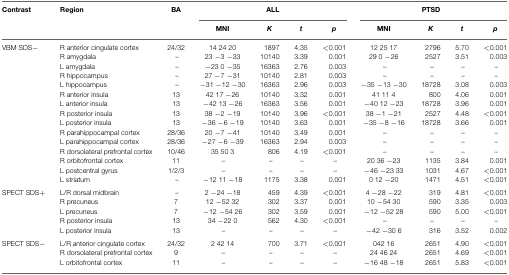
<table><thead><tr><td><b>Contrast</b></td><td><b>Region</b></td><td><b>BA</b></td><td colspan="4"><b>ALL</b></td><td colspan="4"><b>PTSD</b></td></tr><tr><td></td><td></td><td></td><td><b>MNI</b></td><td><b><i>K</i></b></td><td><b><i>t</i></b></td><td><b><i>p</i></b></td><td><b>MNI</b></td><td><b><i>K</i></b></td><td><b><i>t</i></b></td><td><b><i>p</i></b></td></tr></thead><tbody><tr><td>VBM SDS−</td><td>R anterior cingulate cortex</td><td>24/32</td><td>14 24 20</td><td>1897</td><td>4.35</td><td>&lt;0.001</td><td>12 25 17</td><td>2796</td><td>5.70</td><td>&lt;0.001</td></tr><tr><td></td><td>R amygdala</td><td>–</td><td>23 −3 −33</td><td>10140</td><td>3.39</td><td>0.001</td><td>29 0 −26</td><td>2527</td><td>3.51</td><td>0.003</td></tr><tr><td></td><td>L amygdala</td><td>–</td><td>−23 0 −35</td><td>16363</td><td>2.76</td><td>0.003</td><td>–</td><td>–</td><td>–</td><td>–</td></tr><tr><td></td><td>R hippocampus</td><td>–</td><td>27 −7 −31</td><td>10140</td><td>2.81</td><td>0.003</td><td>–</td><td>–</td><td>–</td><td>–</td></tr><tr><td></td><td>L hippocampus</td><td>–</td><td>−31 −12 −30</td><td>16363</td><td>2.96</td><td>0.003</td><td>−35 −13 −30</td><td>18728</td><td>3.08</td><td>0.003</td></tr><tr><td></td><td>R anterior insula</td><td>13</td><td>42 17 −26</td><td>10140</td><td>3.32</td><td>0.001</td><td>41 11 4</td><td>800</td><td>4.06</td><td>0.001</td></tr><tr><td></td><td>L anterior insula</td><td>13</td><td>−42 13 −26</td><td>16363</td><td>3.56</td><td>0.001</td><td>−40 12 −23</td><td>18728</td><td>3.96</td><td>0.001</td></tr><tr><td></td><td>R posterior insula</td><td>13</td><td>38 −2 −19</td><td>10140</td><td>3.96</td><td>&lt;0.001</td><td>38 −1 −21</td><td>2527</td><td>4.48</td><td>&lt;0.001</td></tr><tr><td></td><td>L posterior insula</td><td>13</td><td>−36 −6 −19</td><td>10140</td><td>3.63</td><td>0.001</td><td>−35 −8 −16</td><td>18728</td><td>3.66</td><td>0.001</td></tr><tr><td></td><td>R parahippocampal cortex</td><td>28/36</td><td>20 −7 −41</td><td>10140</td><td>3.49</td><td>0.001</td><td>–</td><td>–</td><td>–</td><td>–</td></tr><tr><td></td><td>L parahippocampal cortex</td><td>28/36</td><td>−27 −6 −39</td><td>16363</td><td>2.94</td><td>0.003</td><td>–</td><td>–</td><td>–</td><td>–</td></tr><tr><td></td><td>R dorsolateral prefrontal cortex</td><td>10/46</td><td>35 50 3</td><td>806</td><td>4.19</td><td>&lt;0.001</td><td>–</td><td>–</td><td>–</td><td>–</td></tr><tr><td></td><td>R orbitofrontal cortex</td><td>11</td><td>–</td><td>–</td><td>–</td><td>–</td><td>20 36 −23</td><td>1135</td><td>3.84</td><td>0.001</td></tr><tr><td></td><td>L postcentral gyrus</td><td>1/2/3</td><td>–</td><td>–</td><td>–</td><td>–</td><td>−46 −23 33</td><td>1031</td><td>4.67</td><td>&lt;0.001</td></tr><tr><td></td><td>L striatum</td><td>–</td><td>−12 11 −18</td><td>1175</td><td>3.38</td><td>0.001</td><td>0 12 −20</td><td>1471</td><td>4.51</td><td>&lt;0.001</td></tr><tr><td>SPECT SDS+</td><td>L/R dorsal midbrain</td><td>–</td><td>2 −24 −18</td><td>459</td><td>4.39</td><td>&lt;0.001</td><td>4 −28 −22</td><td>319</td><td>4.81</td><td>&lt;0.001</td></tr><tr><td></td><td>R precuneus</td><td>7</td><td>12 −52 32</td><td>302</td><td>3.37</td><td>0.001</td><td>10 −54 30</td><td>590</td><td>3.35</td><td>0.003</td></tr><tr><td></td><td>L precuneus</td><td>7</td><td>−12 −54 26</td><td>302</td><td>3.59</td><td>0.001</td><td>−12 −52 28</td><td>590</td><td>5.00</td><td>&lt;0.001</td></tr><tr><td></td><td>R posterior insula</td><td>13</td><td>34 −22 0</td><td>562</td><td>4.30</td><td>&lt;0.001</td><td>–</td><td>–</td><td>–</td><td>–</td></tr><tr><td></td><td>L posterior insula</td><td>13</td><td>–</td><td>–</td><td>–</td><td>–</td><td>−42 −30 6</td><td>316</td><td>3.52</td><td>0.002</td></tr><tr><td>SPECT SDS−</td><td>L/R anterior cingulate cortex</td><td>24/32</td><td>2 42 14</td><td>700</td><td>3.71</td><td>&lt;0.001</td><td>042 16</td><td>2651</td><td>4.90</td><td>&lt;0.001</td></tr><tr><td></td><td>R dorsolateral prefrontal cortex</td><td>9</td><td>–</td><td>–</td><td>–</td><td>–</td><td>24 46 24</td><td>2651</td><td>4.69</td><td>&lt;0.001</td></tr><tr><td></td><td>L orbitofrontal cortex</td><td>11</td><td>–</td><td>–</td><td>–</td><td>–</td><td>−16 48 −18</td><td>2651</td><td>5.83</td><td>&lt;0.001</td></tr></tbody></table>